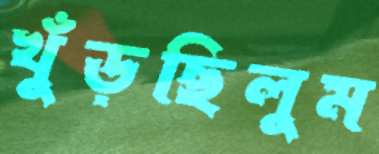
খুঁড়ছিলুম